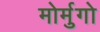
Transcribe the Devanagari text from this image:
मोर्मुगो